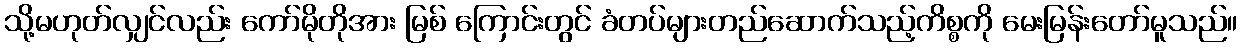
သို့မဟုတ်လျှင်လည်း ကော်မိုတိုအား မြစ် ကြောင်းတွင် ခံတပ်များတည်ဆောက်သည့်ကိစ္စကို မေးမြန်းတော်မူသည်။